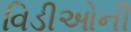
વિડીઓની